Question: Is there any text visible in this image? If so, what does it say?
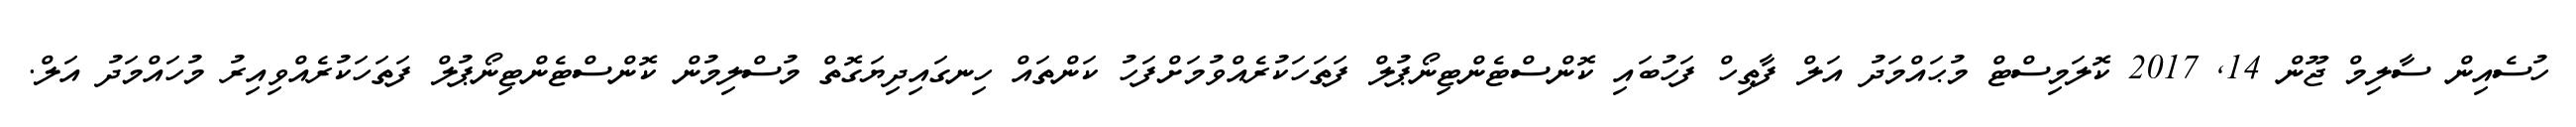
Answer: ހުސެއިން ސާލިމް ޖޫން 14, 2017 ކޮލަމިސްޓް މުޙައްމަދު އަލް ފާޠިހް ފަހުބައި ކޮންސްޓެންޓިނޯޕުލް ފަތަހަކުރެއްވުމަށްފަހު ކަންތައް ހިނގައިދިޔަގޮތް މުސްލިމުން ކޮންސްޓެންޓިނޯޕުލް ފަތަހަކުރެއްވިއިރު މުހައްމަދު އަލް.